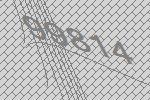
99814